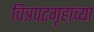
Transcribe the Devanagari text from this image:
चित्रपटगृहाच्या